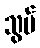
သွပ်